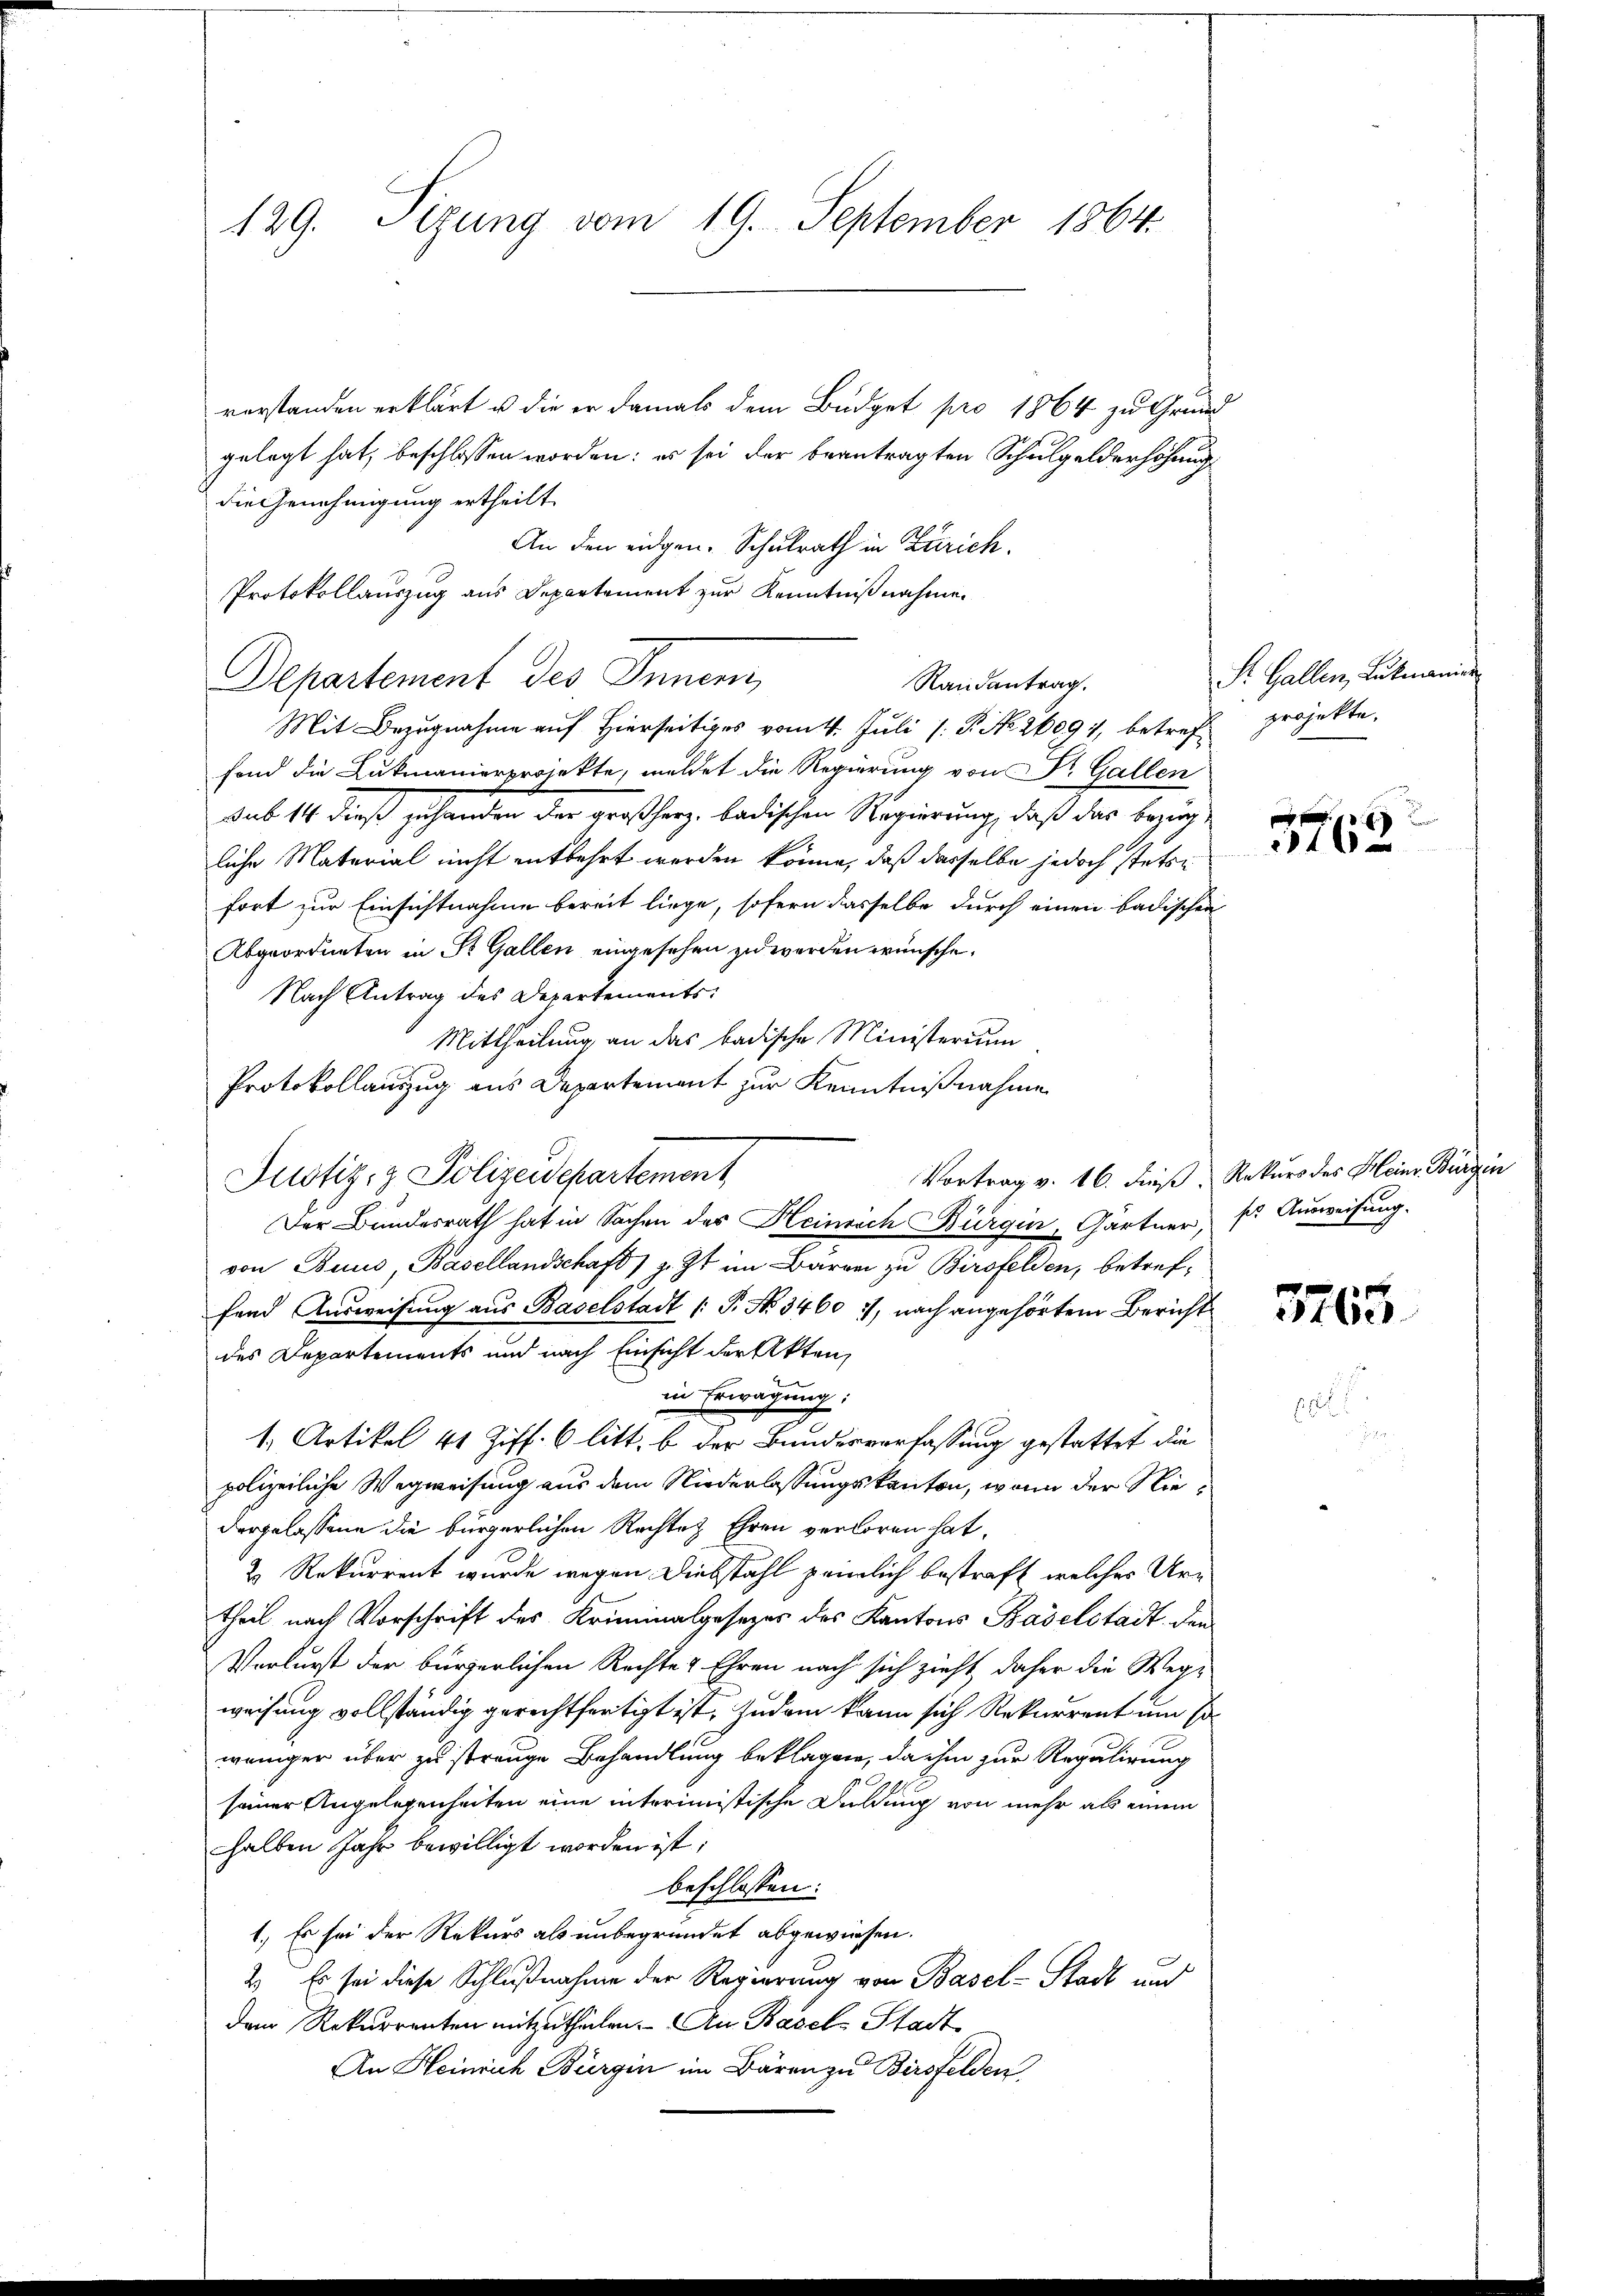
129. Sizung vom 19. September 1864.

vorstanden erklärt u. die er damals dem Büdget pro 1864 zu Grund
gelegt hat, beschlossen worden: es sei der beantragten Schulgelderhöhung
die Genehmigung ertheilt.
An den eidgen. Schulrath in Zürich.
Protokollauszug aus Departement zur Kenntnißnahme.
Departement des Inner,
Mit Bezugnahme auf Hierseitiges vom 4. Juli /: P. Nr. 26091, betreffond die Lukmanierprojekte, meldet die Regierung von St. Gallen
sub 14 dieß zuhanden der großherz. badischen Regierung, daß das bezügliche Material nicht entbehrt werden könne, daß dasselbe jedoch stetsfort zur Einsichtnahme bereit liege, sofern dasselbe durch einen badischen
Abgeordneten in St. Gallen eingesehen zu werden wünsche.
Nach Antrag des Departements
Mittheilung an das badische Ministerium
Protokollauszug aus Departement zur Kenntnißnahme
Justiz- & Polizeidepartement
Der Bundesrath hat in Sachen des Heinrich Bürgen, Gärtner, so Ausweisung.
von Baus, Basellandschaft) z. Zt. im Baron zu Birsfelden, betreffend Ausweisung aus Baselstadt [P. No 3460:), nach angehörtem Bericht
des Departements und nach Einsicht der Akten,
in Erwägung;
1. Artikel 41 Ziff. 6 litt. b der Bundesverfassung gestattet die
polizeiliche Wegweisung aus dem Niederlassungskanton, wenn der Niedergelassene die bürgerlichen Rechtes Ehren verloren hat,
2 Rekurrent wurde wegen Diebstahl peinlich bestraft, welches Urtheil nach Vorschrift des Kriminalgesezes des Kantons Baselstadt den
Verlurst der bürgerlichen Rechte & Ehren nach sich zieht, daher die Wegweisung vollständig gerechtfertigt ist. Zudem kann sich Rekurrent um so
weniger über zu strenge Behandlung beklagen, da ihm zur Regulirung
seiner Angelegenheiten eine interimistische Duldung von mehr als einem
halben Jahr bewilligt worden ist:
beschlossen:
1.) Es sei der Rekurs als unbegründet abgewiesen.
2. Es sei diese Schlußnahme der Regierung von Basel-Stadt und
dem Rekurrenten mitzutheilen. An Basels Stadt
An Heinrich Bürgin im Bären zu Birsfelden

Randantrag.

St. Gallen, Lukmanier
projekte.

240

Vortrag v. 16. dieß, Rekurs des Heinr. Bürgin

3765